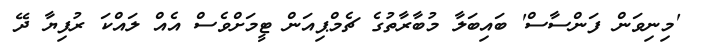
'މިނިވަން ފަންސާސް' ބައިބަލާ މުބާރާތުގެ ޗެމްޕިއަން ޓީމަށްވެސް އެއް ލައްކަ ރުފިޔާ ދޭ